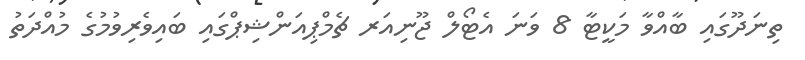
ތިނަދޫގައި ބާއްވާ މަކީޓާ 8 ވަނަ އެޓޯލް ޖޫނިއަރ ޗެމްޕިއަންޝިޕްގައި ބައިވެރިވުމުގެ މުއްދަތު